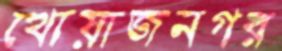
খোয়াজনগর